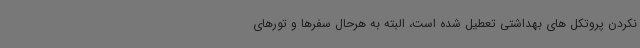
نکردن پروتکل های بهداشتی تعطیل شده است، البته به هرحال سفرها و تورهای